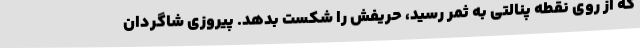
که از روی نقطه پنالتی به ثمر رسید، حریفش را شکست بدهد. پیروزی شاگردان